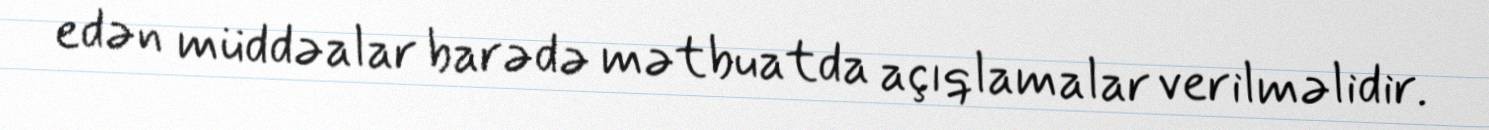
edən müddəalar barədə mətbuatda açıqlamalar verilməlidir.